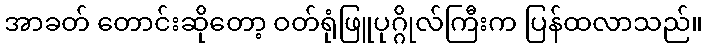
အာခတ် တောင်းဆိုတော့ ဝတ်ရုံဖြူပုဂ္ဂိုလ်ကြီးက ပြန်ထလာသည်။